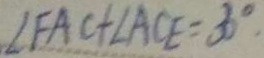
\angle F A C + \angle A C E = 3 0 ^ { \circ } .